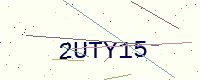
Text: 2UTY15